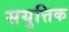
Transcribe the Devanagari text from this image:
सयुत्तिक